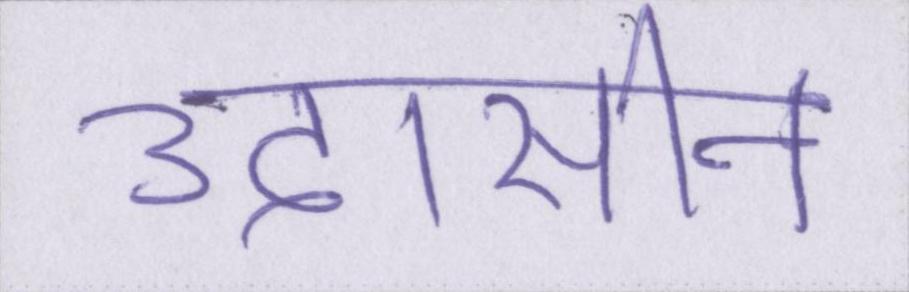
उदासीन